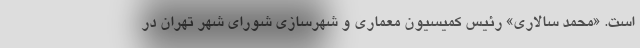
است. «محمد سالاری» رئیس کمیسیون معماری و شهرسازی شورای شهر تهران در